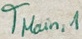
Text: TMain,1